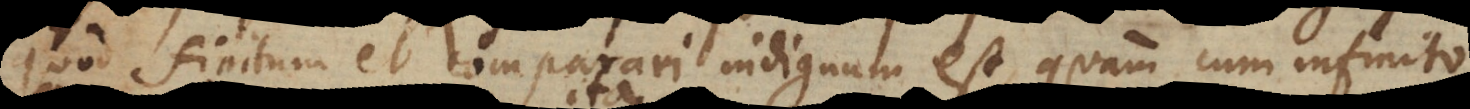
quod finitum et comparari indignum est, quam cum infinito